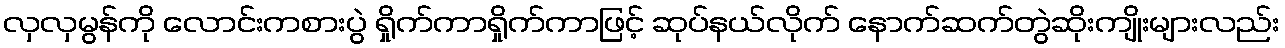
လှလှမွန်ကို လောင်းကစားပွဲ ရှိုက်ကာရှိုက်ကာဖြင့် ဆုပ်နယ်လိုက် နောက်ဆက်တွဲဆိုးကျိုးများလည်း